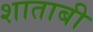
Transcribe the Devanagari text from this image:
शाताबी